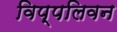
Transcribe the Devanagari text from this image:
विप्पलिवन